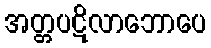
အတ္တပဋိလာဘောပေ